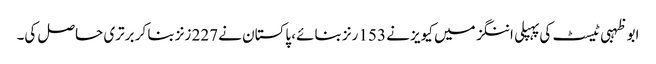
ابوظہبی ٹیسٹ کی پہپلی اننگز میں کیویز نے 153 رنز بنائے، پاکستان نے 227 زنز بنا کر برتری حاصل کی۔